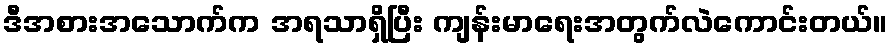
ဒီအစားအသောက်က အရသာရှိပြီး ကျန်းမာရေးအတွက်လဲကောင်းတယ်။